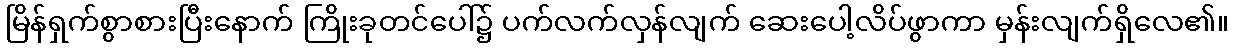
မြိန်ရှက်စွာစားပြီးနောက် ကြိုးခုတင်ပေါ်၌ ပက်လက်လှန်လျက် ဆေးပေါ့လိပ်ဖွာကာ မှန်းလျက်ရှိလေ၏။